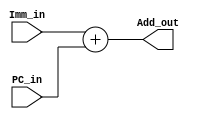
`timescale 1ns / 1ps
//////////////////////////////////////////////////////////////////////////////////
// Company: 
// Engineer: 
// 
// Design Name: 
// Module Name:    branch_ins_mod2 
// Project Name: 
// Target Devices: 
// Tool versions: 
// Description: 
//
// Dependencies: 
//
// Revision: 
// Revision 0.01 - File Created
// Additional Comments: 
//
//////////////////////////////////////////////////////////////////////////////////
module branch_ins_mod2(
    input [15:0] Imm_in,
    input [31:0] PC_in,
    output reg [31:0] Add_out
    );

reg[31:0] Imm_ext = 32'b0;

always @ (*)
begin

	Imm_ext[15:0] = Imm_in;
	Add_out = Imm_ext + PC_in;	

end
endmodule